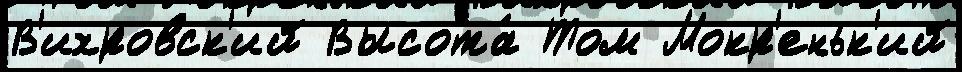
В'ихровск'ий Высота́ Том Мокр'еньк'ий